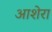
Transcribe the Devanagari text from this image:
आशेरा